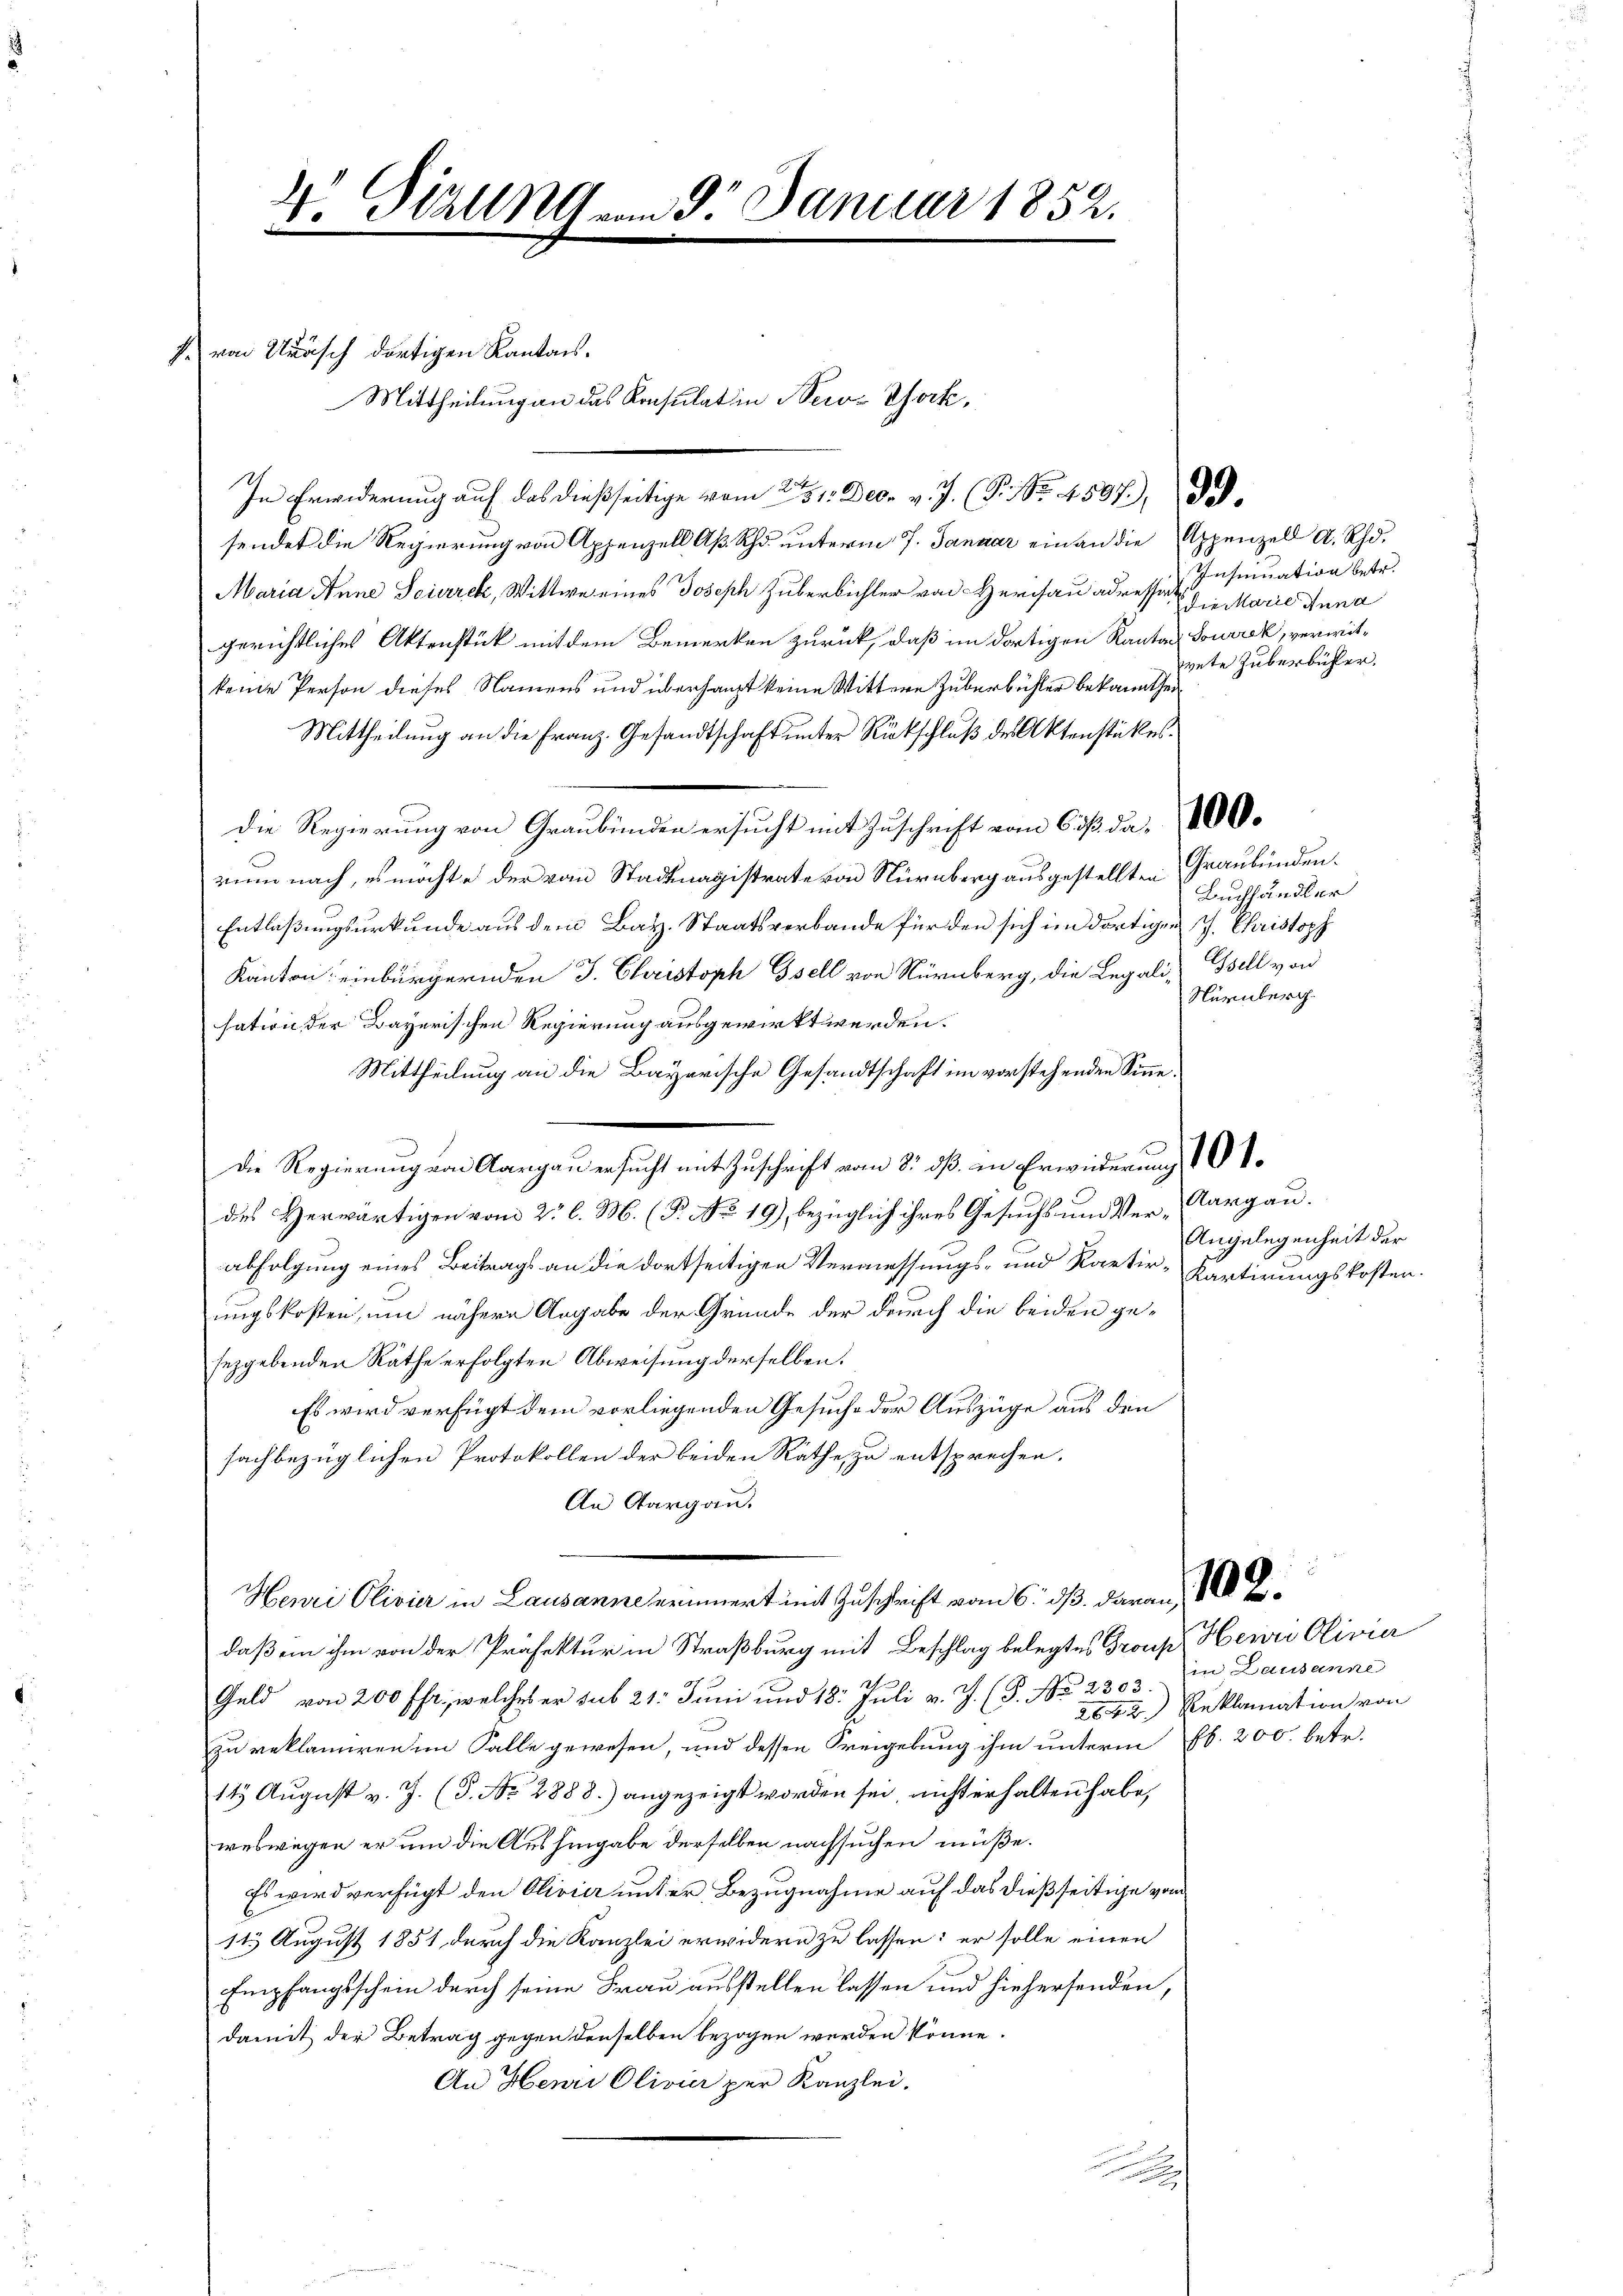
4 Sizung am 9. Januar 1852.

. von Wäsch dortigen Kantons.
sendet die Regierung von Appenzell Aß Rh. unterm 7. Januar ein an die Appenzell A. Rho¬
Maria Anne Soierrck, Wittwe eines Joseph Huberbichler von Herisau adresser Marie Anna
gerichtliches Aktenstück mit dem Bemerken zurück, daß im dortigen Kantas Sourrak, verwitkeine Person dieses Namens und überhaupt keine Wittere Zuberbühler bekannthei
Mittheilung an die Franz. Gesandtschaft unter Rückschluß des Aktenstückes.
Die Regierung von Graubünden ersucht mit Zuschrift vom 6 dß da, 00.
rum nach, es möchte der vom Stadtmagistrate von Nürnberg ausgestellten Graubünden¬
Buchhändler
Entlaßungsurkunde aus dem Bay. Staatsverbande für den sich im dortigen J. Christoph
Kanton einbürgernden J. Christoph Gsell von Nürnberg, die Legali, Bell von
Nürnberg.
sation der Bayerischen Regierung ausgewirkt werden.
Mittheilung an die Bayerische Gesandtschaft im vorstehenden Sinne¬
F
Die Regierung von Aargau ersucht mit Zuschrift vom 8. dß. in Erwiederung 10 P
des Herwärtigen vom 2. l. M. (P. No 19), bezüglich ihres Gesuchs und Ver-Aargau.
abfolgung eines Beitrags an die dortseitigen Vermessungs- und Kartir-Kartirungskosten.
ungskosten, um nähern Angabe der Grunde der durch die beiden geseggebenden Räthe erfolgten Abweisung derselben.
Es wird verfügt dem vorliegenden Gesuche der Auszüge aus den
sachbezüglichen Protokollen der beiden Räthe, zu entsprechen.
An Aargau.
Henri Olivier in Lausanne erinnert mit Zuschrift vom 6. ds. daran
daß ein ihm von der Präfektur in Straßburg mit Beschlag belegtes Group Henri Olivier
in Lausanne
Geld von 200 fr., welches er sub 21. Juni und 18. Juli v. J. (T. No 2303.
2842) Reklamation von
zu reklamiren im Falle gewesen, und dessen Freigebung ihm unterm 16. 200. betr.
1t August v. J. (T. No. 2888.) angezeigt worden sei, nicht erhalten habe,
weswegen er um die Aushingabe derselben nachsuchen müße.
Es wird verfügt den Olivier unter Bezugnahme auf das dießseitige von
113 August 1851 durch die Kanzlei erwidern zu lassen: er solle einen
Empfangsschein durch seine Frau ausstellen lassen und hiehersenden,
damit der Betrag gegen denselben bezogen werden könne.
An Henri Olivier per Kanzlei.

Mittheilung an das Konsulat in New-York,

In Erwiderung auf das dießseitige vom 21. Dec. v. J. (T. No. 4507), de

Insinuation betr.
ete Zuberbühler.

Angelegenheit der